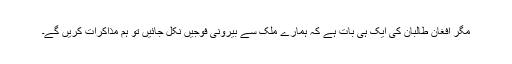
مگر افغان طالبان کی ایک ہی بات ہے کہ ہمارے ملک سے بیرونی فوجیں نکل جائیں تو ہم مذاکرات کریں گے۔